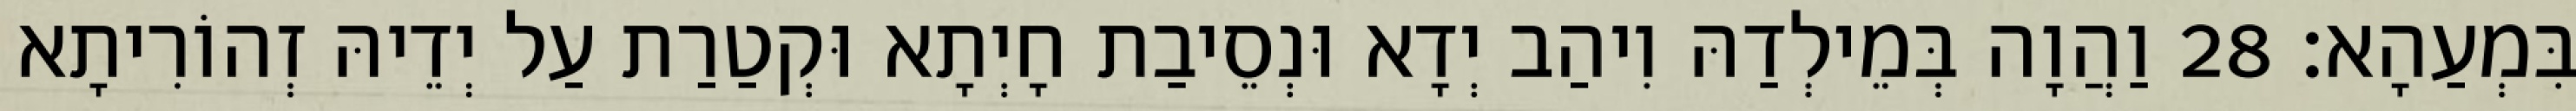
בִּמְעַהָא׃ 28 וַהֲוָה בְּמֵילְדַהּ וִיהַב יְדָא וּנְסֵיבַת חָיְתָא וּקְטַרַת עַל יְדֵיהּ זְהוֹרִיתָא